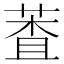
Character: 𦳘